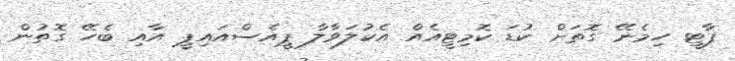
ޕާޓީ ހިމެނޭ ގޮތަށް ކުޑަ ކޮމިޓީއެއް އެކުލަވާލާ ޕީއެސްއައިޕީ އާއި ބެހޭ ގޮތުން